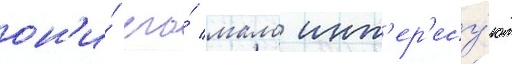
он'и́ его́ мало инт'ер'есу́ют